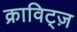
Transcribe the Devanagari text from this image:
क्राविट्ज़